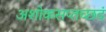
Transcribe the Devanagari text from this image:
अशोकसप्तच्छदं